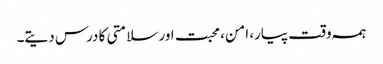
ہمہ وقت پیار، امن، محبت اور سلامتی کا درس دیتے۔